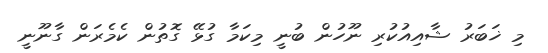
މި ޚަބަރު ޝާއިއުކުރި ނޫހުން ބުނީ މިކަމާ ގުޅޭ ގޮތުން ކެމެރަން ގާނޫނީ